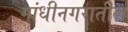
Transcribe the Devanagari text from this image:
गांधीनगरातील